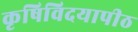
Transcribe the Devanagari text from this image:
कृषिविदयापीठ